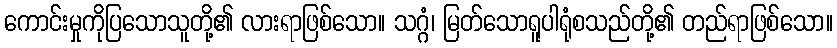
ကောင်းမှုကိုပြသောသူတို့၏ လားရာဖြစ်သော။ သဂ္ဂံ၊ မြတ်သောရူပါရုံစသည်တို့၏ တည်ရာဖြစ်သော။